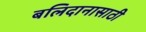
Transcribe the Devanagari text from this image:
बलिदानासाठी